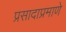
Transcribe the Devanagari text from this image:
प्रसादाप्रमाणे